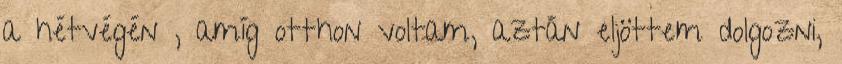
a hétvégén , amíg otthon voltam, aztán eljöttem dolgozni,